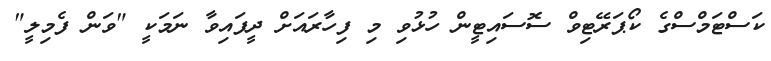
ކަސްޓަމްސްގެ ކޯޕަރޭޓިވް ސޮސައިޓީން ހުޅުވި މި ފިހާރައަށް ދީފައިވާ ނަމަކީ "ވަން ފެމިލީ"